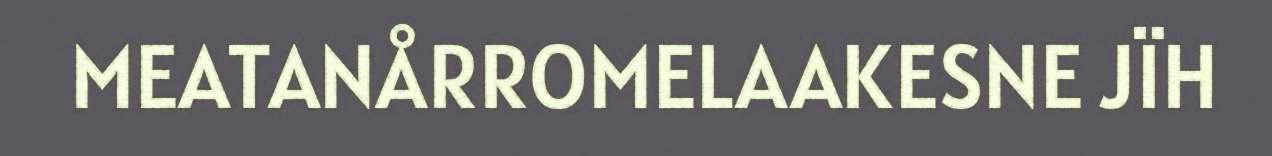
MEATANÅRROMELAAKESNE JÏH